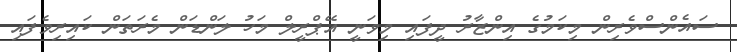
ސައެންސްވެރިން މިކަމުގެ އިންޒާރު ދީފައި މިވަނީ އޭޕްރީލް މަހު ލަންޑަން މެރަތަން ކައިރިވެފައި